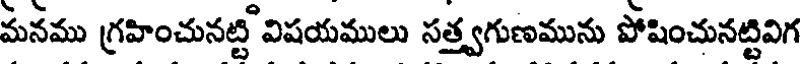
మనము గ్రహించునట్టి విషయములు సత్త్వగుణమును పోషించునట్టివిగ